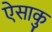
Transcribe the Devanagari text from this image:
ऐसाकु